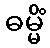
ဓမ္မိံ